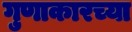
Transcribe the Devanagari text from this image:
गुणाकारच्या